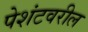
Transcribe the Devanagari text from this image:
पेशंटवरील